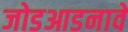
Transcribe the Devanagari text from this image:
जोडआडनावे